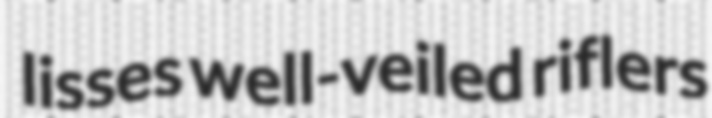
lisses well-veiled riflers